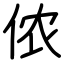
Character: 侬